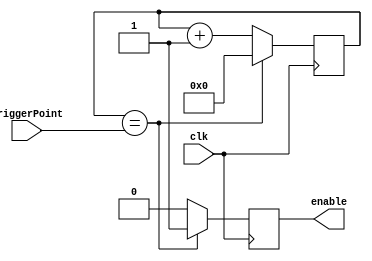
module rateDivider(triggerPoint, clk, enable);
	input [27:0]triggerPoint;
	input clk;
	reg [27:0]clockTick;
	initial clockTick = 28'd0;
	output reg enable;
	
	always@(posedge clk)begin
		if(clockTick == triggerPoint)
			begin
				enable <= 1'b1;
				clockTick <=28'd0;
			end
		else
			begin
			enable <= 1'b0;
			clockTick <= clockTick+1;
			end
		end	
		
		endmodule
	/*
	wire [27:0]triggerPoint;
	reg [27:0]clockTick;
	assign triggerPoint = 28'd5000;
	initial clockTick = 28'd0;
	reg move_clk;
	
	always@(posedge CLOCK_50)begin
		if(clockTick == triggerPoint)
			begin
				move_clk <= 1'b1;
				clockTick <=28'd0;
			end
		else
			begin
			move_clk <= 1'b0;
			clockTick <= clockTick+1;
			end
		end	*/